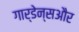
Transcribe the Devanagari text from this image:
गार्डेन्सऔर